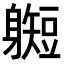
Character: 𫏰